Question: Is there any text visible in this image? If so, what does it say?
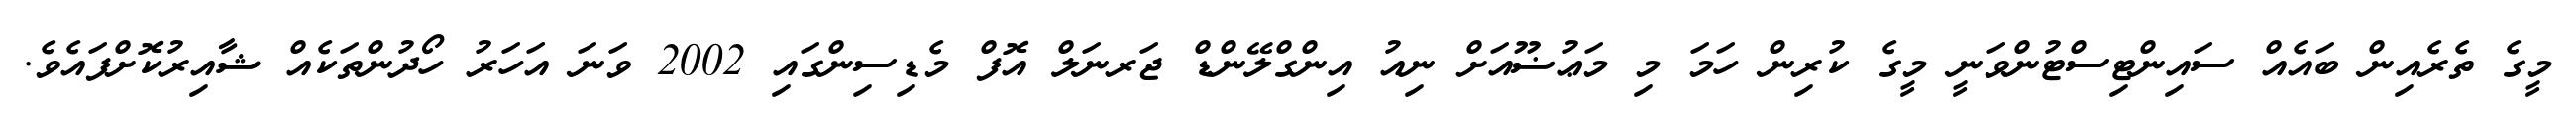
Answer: މީގެ ތެރެއިން ބައެއް ސައިންޓިސްޓުންވަނީ މީގެ ކުރިން ހަމަ މި މަޢުޟޫއަށް ނިއު އިންގްލޭންޑް ޖަރނަލް އޮފް މެޑިސިންގައި 2002 ވަނަ އަހަރު ހޯދުންތަކެއް ޝާއިރުކޮށްފައެވެ.